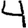
Digit: 4